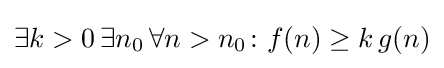
\exists k>0\,\exists n_{0}\,\forall n>n_{0}\colon f(n)\geq k\,g(n)